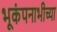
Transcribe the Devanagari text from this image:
भूकंपनाभीच्या